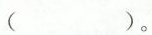
()。